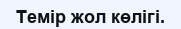
Темір жол көлігі.